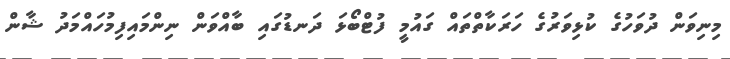
މިނިވަން ދުވަހުގެ ކުޅިވަރުގެ ހަރަކާތްތައް ގައުމީ ފުޓްބޯޅަ ދަނޑުގައި ބާއްވަން ނިންމައިފިމުހައްމަދު ޝާން